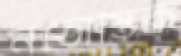
নভোস্তিক